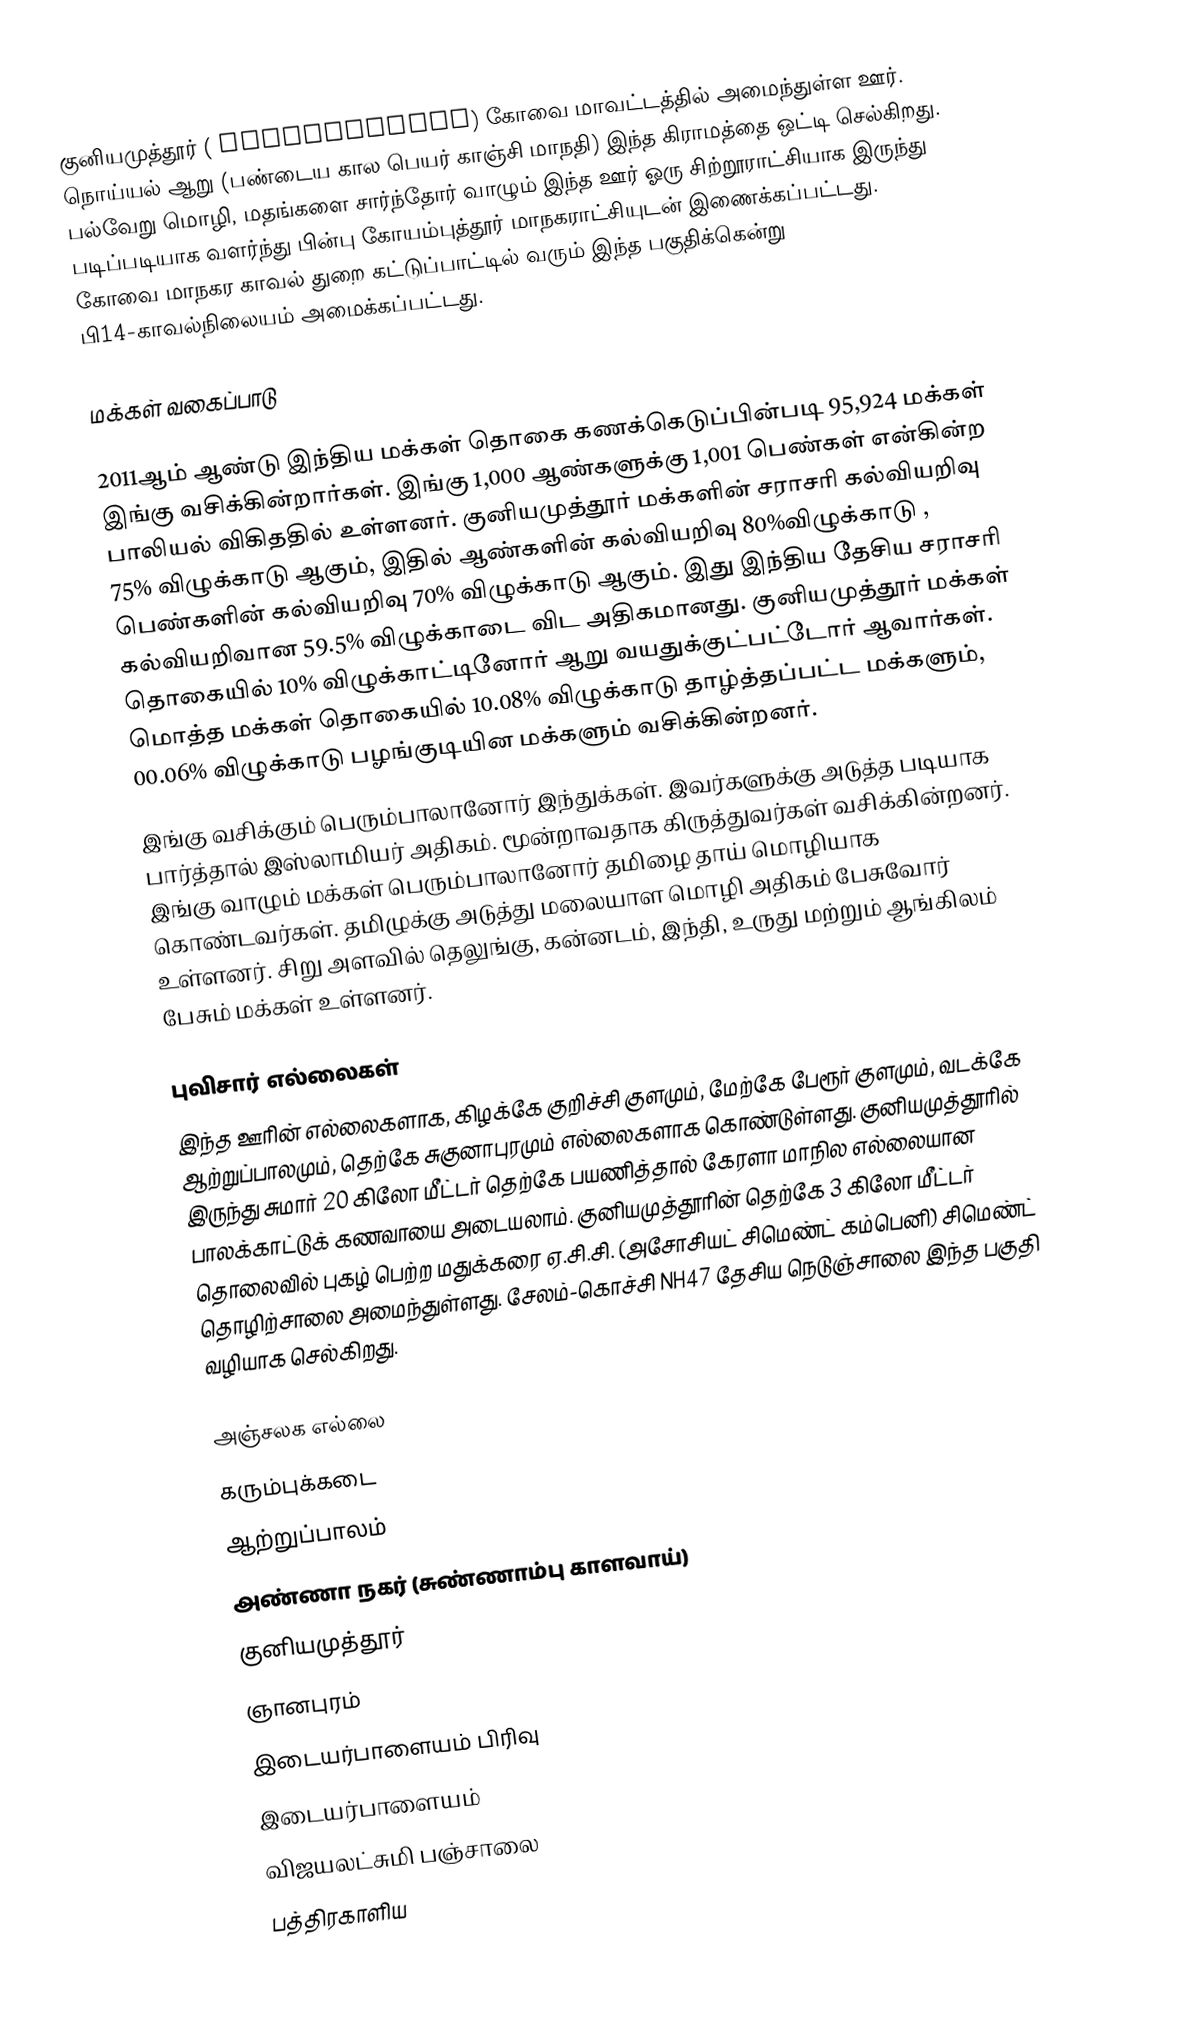
குனியமுத்தூர் ( Kuniyamuthur)  கோவை மாவட்டத்தில் அமைந்துள்ள ஊர். நொய்யல் ஆறு (பண்டைய கால பெயர் காஞ்சி மாநதி) இந்த கிராமத்தை ஒட்டி செல்கிறது. பல்வேறு மொழி, மதங்களை சார்ந்தோர் வாழும் இந்த ஊர் ஓரு சிற்றூராட்சியாக இருந்து படிப்படியாக வளர்ந்து பின்பு கோயம்புத்தூர் மாநகராட்சியுடன் இணைக்கப்பட்டது. கோவை மாநகர காவல் துறை கட்டுப்பாட்டில் வரும்  இந்த பகுதிக்கென்று பி14-காவல்நிலையம்  அமைக்கப்பட்டது.

மக்கள் வகைப்பாடு

2011ஆம் ஆண்டு இந்திய மக்கள் தொகை கணக்கெடுப்பின்படி 95,924 மக்கள் இங்கு  வசிக்கின்றார்கள். இங்கு 1,000 ஆண்களுக்கு 1,001 பெண்கள் என்கின்ற பாலியல் விகிததில் உள்ளனர்.     குனியமுத்தூர் மக்களின் சராசரி கல்வியறிவு 75% விழுக்காடு ஆகும்,  இதில் ஆண்களின் கல்வியறிவு 80%விழுக்காடு , பெண்களின் கல்வியறிவு 70% விழுக்காடு ஆகும். இது இந்திய தேசிய சராசரி கல்வியறிவான   59.5% விழுக்காடை  விட அதிகமானது. குனியமுத்தூர் மக்கள் தொகையில் 10% விழுக்காட்டினோர்    ஆறு வயதுக்குட்பட்டோர் ஆவார்கள். மொத்த மக்கள் தொகையில் 10.08% விழுக்காடு தாழ்த்தப்பட்ட மக்களும், 00.06% விழுக்காடு பழங்குடியின மக்களும் வசிக்கின்றனர்.
இங்கு வசிக்கும் பெரும்பாலானோர் இந்துக்கள். இவர்களுக்கு அடுத்த படியாக  பார்த்தால் இஸ்லாமியர் அதிகம். மூன்றாவதாக கிருத்துவர்கள் வசிக்கின்றனர். இங்கு வாழும் மக்கள் பெரும்பாலானோர் தமிழை தாய் மொழியாக கொண்டவர்கள். தமிழுக்கு அடுத்து மலையாள மொழி அதிகம் பேசுவோர் உள்ளனர். சிறு அளவில் தெலுங்கு, கன்னடம், இந்தி, உருது மற்றும் ஆங்கிலம் பேசும் மக்கள் உள்ளனர்.

புவிசார் எல்லைகள்
இந்த  ஊரின் எல்லைகளாக, கிழக்கே குறிச்சி குளமும், மேற்கே பேரூர் குளமும், வடக்கே ஆற்றுப்பாலமும், தெற்கே  சுகுனாபுரமும் எல்லைகளாக கொண்டுள்ளது. குனியமுத்தூரில் இருந்து சுமார் 20 கிலோ மீட்டர் தெற்கே பயணித்தால் கேரளா மாநில எல்லையான பாலக்காட்டுக் கணவாயை அடையலாம். குனியமுத்தூரின் தெற்கே 3 கிலோ மீட்டர் தொலைவில் புகழ் பெற்ற மதுக்கரை ஏ.சி.சி. (அசோசியட் சிமெண்ட் கம்பெனி) சிமெண்ட் தொழிற்சாலை அமைந்துள்ளது. சேலம்-கொச்சி NH47 தேசிய நெடுஞ்சாலை இந்த பகுதி வழியாக செல்கிறது.

அஞ்சலக எல்லை
 கரும்புக்கடை
 ஆற்றுப்பாலம்
 அண்ணா நகர் (சுண்ணாம்பு காளவாய்)
 குனியமுத்தூர்
 ஞானபுரம்
 இடையர்பாளையம் பிரிவு
 இடையர்பாளையம்
 விஜயலட்சுமி பஞ்சாலை
 பத்திரகாளிய